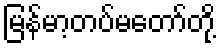
မြန်မာ့တပ်မတော်တို့